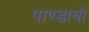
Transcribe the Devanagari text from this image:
पाण्डावों